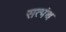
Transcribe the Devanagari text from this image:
सत्पंथ